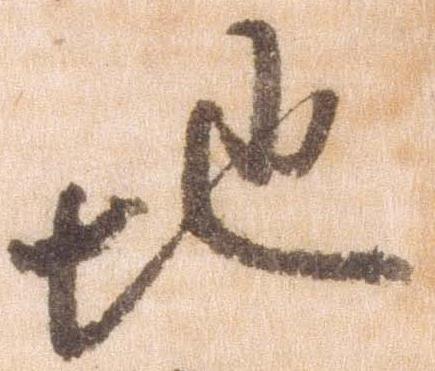
地